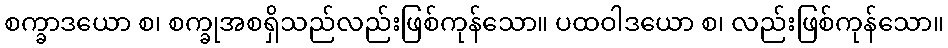
စက္ခာဒယော စ၊ စက္ခုအစရှိသည်လည်းဖြစ်ကုန်သော။ ပထဝါဒယော စ၊ လည်းဖြစ်ကုန်သော။